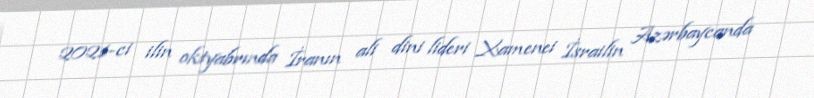
2021-ci ilin oktyabrında İranın ali dini lideri Xamenei İsrailin Azərbaycanda